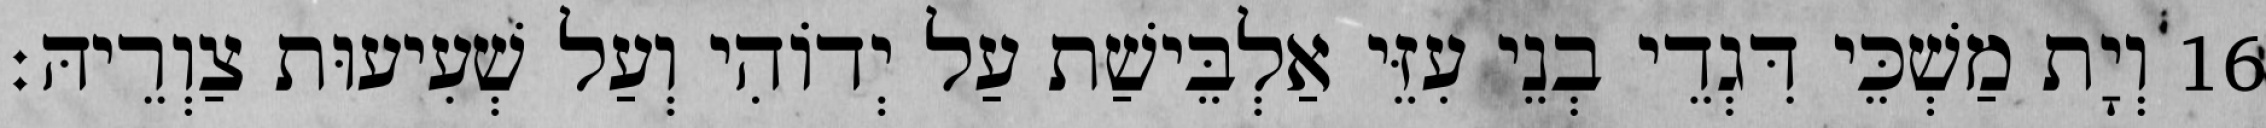
16 וְיָת מַשְׁכֵּי דִּגְדֵי בְנֵי עִזֵּי אַלְבֵּישַׁת עַל יְדוֹהִי וְעַל שְׁעִיעוּת צַוְרֵיהּ׃